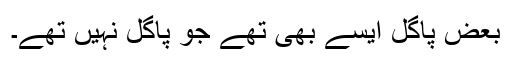
بعض پاگل ایسے بھی تھے جو پاگل نہیں تھے۔